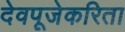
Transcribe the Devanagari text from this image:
देवपूजेकरिता